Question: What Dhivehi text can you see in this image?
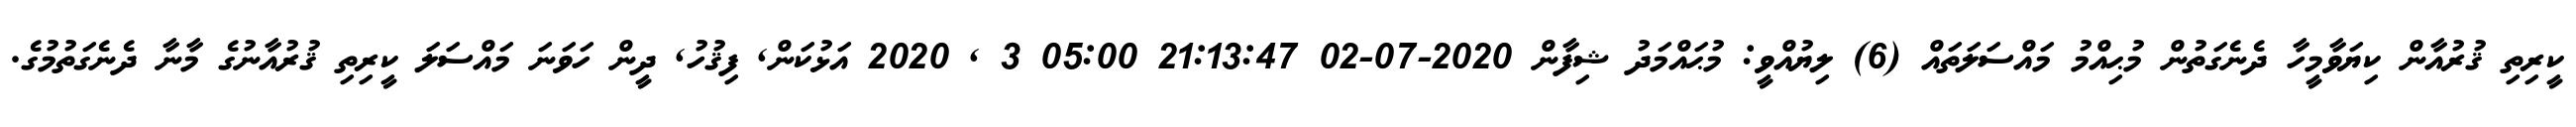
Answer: ކީރިތި ޤުރުއާން ކިޔަވާމީހާ ދެނެގަތުން މުޙިއްމު މައްސަލަތައް (6) ލިޔުއްވީ: މުޙައްމަދު ޝިފާން 2020-07-02 21:13:47 05:00 3 , 2020 އަޅުކަން, ފިޤުހު, ދީން ހަވަނަ މައްސަލަ ކީރިތި ޤުރުއާނުގެ މާނާ ދެނެގަތުމުގެ.